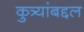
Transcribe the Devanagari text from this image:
कुत्र्यांबद्दल